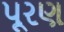
પૂરણ